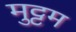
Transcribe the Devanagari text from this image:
मुट्टम